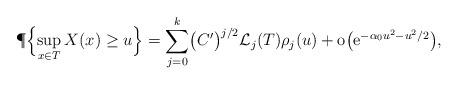
LaTeX: \begin{align*}\P\Bigl\{\sup_{x\in T} X(x) \ge u \Bigr\} = \sum_{j=0}^k \bigl(C'\bigr)^{j/2} \mathcal{L}_j (T) \rho_j(u)+ \mathrm{o}\bigl(\mathrm{e}^{-\alpha_0 u^2 - u^2/2}\bigr),\end{align*}